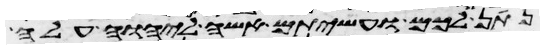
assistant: נתן לכם ועשיתם אשה ליהוה עלה